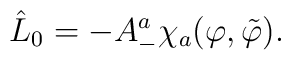
\hat{L}_0 =-A_{-}^{a}  \chi_{a}   (\varphi ,\tilde{\varphi})  .